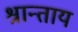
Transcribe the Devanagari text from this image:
श्रान्ताय